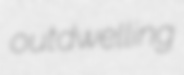
outdwelling